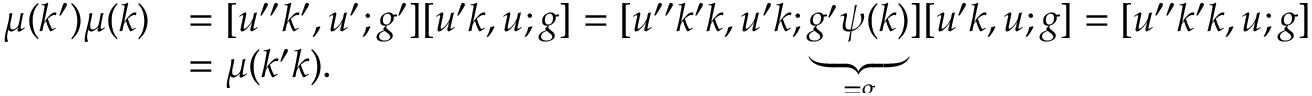
\begin{array} { r l } { \mu ( k ^ { \prime } ) \mu ( k ) } & { = [ u ^ { \prime \prime } k ^ { \prime } , u ^ { \prime } ; g ^ { \prime } ] [ u ^ { \prime } k , u ; g ] = [ u ^ { \prime \prime } k ^ { \prime } k , u ^ { \prime } k ; \smash { \underbrace { g ^ { \prime } \psi ( k ) } _ { = g } } ] [ u ^ { \prime } k , u ; g ] = [ u ^ { \prime \prime } k ^ { \prime } k , u ; g ] } \\ & { = \mu ( k ^ { \prime } k ) . } \end{array}